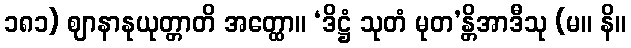
၁၈၁) ဈာနာနုယုတ္တာတိ အတ္ထော။ ‘ဒိဋ္ဌံ သုတံ မုတ’န္တိအာဒီသု (မ။ နိ။